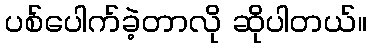
ပစ်ပေါက်ခဲ့တာလို ဆိုပါတယ်။